Report of an investigation of the epidemic of malarial fever in Assam, or, kala-azar
Disease focus: Malaria
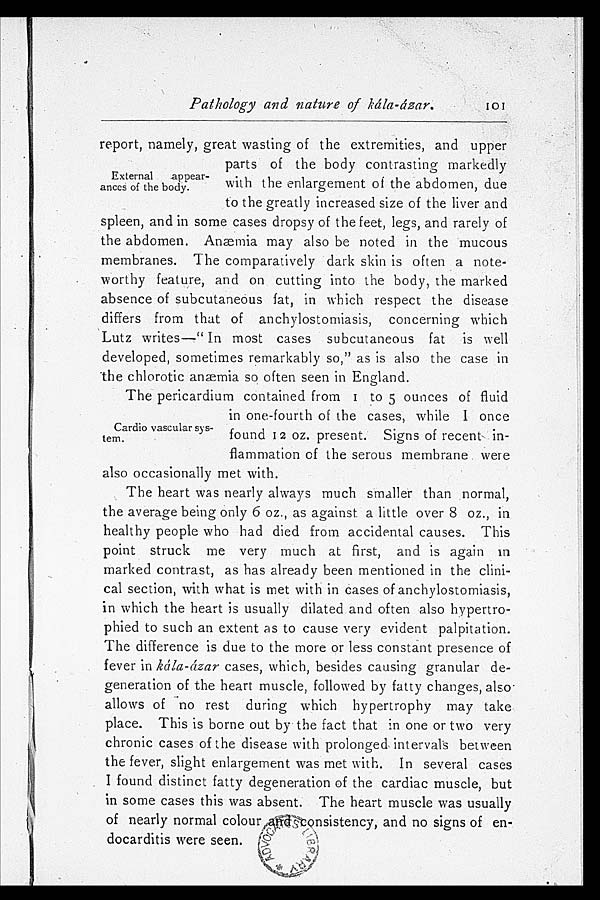
Pathology and nature of kála-ázar.
report, namely, great wasting of the extremities, and upper
parts of the body contrasting markedly
with the enlargement of the abdomen, due
to the greatly increased size of the liver and
spleen, and in some cases dropsy of the feet, legs, and rarely of
the abdomen. Anæmia may also be noted in the mucous
membranes. The comparatively dark skin is often a note
-worthy feature, and on cutting into the body, the marked
absence of subcutaneous fat, in which respect the disease
differs from that of anchylostomiasis, concerning which
Lutz writes—"In most cases subcutaneous fat is well
developed, sometimes remarkably so," as is also the case in
"the chlorotic anæmia so often seen in England.
The pericardium contained from I to 5 ounces of fluid
in one-fourth of the cases, while I once
found 12 oz. present. Signs of recent in
-flammation of the serous membrane were
also occasionally met with.
The heart was nearly always much smaller than normal,
the average being only 6 oz., as against, a little over 8 oz., in
healthy people who had died from accidental causes. This
point struck me very much at first, and is again in
marked contrast, as has already been mentioned in the clini
- c a l s e c t i o n , w i t h w h a t i s m e t w i t h i n c a s e s o f a n c h y l o s t o m i a s i s ,
in which the heart is usually dilated and often also hypertro
- p h i e d t o s u c h a n e x t e n t a s t o c a u s e v e r y e v i d e n t p a l p i t a t i o n .
The difference is due to the more or less constant presence of
fever in kála-ázar cases, which, besides causing granular de
-generation of the heart muscle, followed by fatty changes, also
allows of no rest during which hypertrophy may take
place. This is borne out by the fact that in one or two very
chronic cases of the disease with prolonged. intervals between
the fever, slight enlargement was met with. In several cases
I found distinct fatty degeneration of the cardiac muscle, but
in some cases this was absent The heart muscle was usually
of nearly normal colour and consistency, and no signs of en-
docarditis were seen.
101
External appear-
ances of the body.
Cardio vascular sys-
tem.